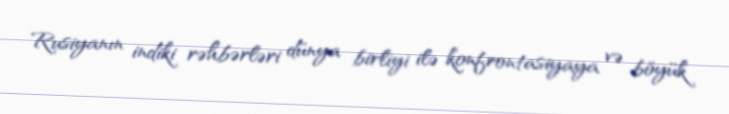
Rusiyanın indiki rəhbərləri dünya birliyi ilə konfrontasiyaya və böyük